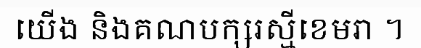
យើង និងគណបក្សរស្មីខេមរា ។